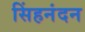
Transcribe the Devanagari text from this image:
सिंहनंदन